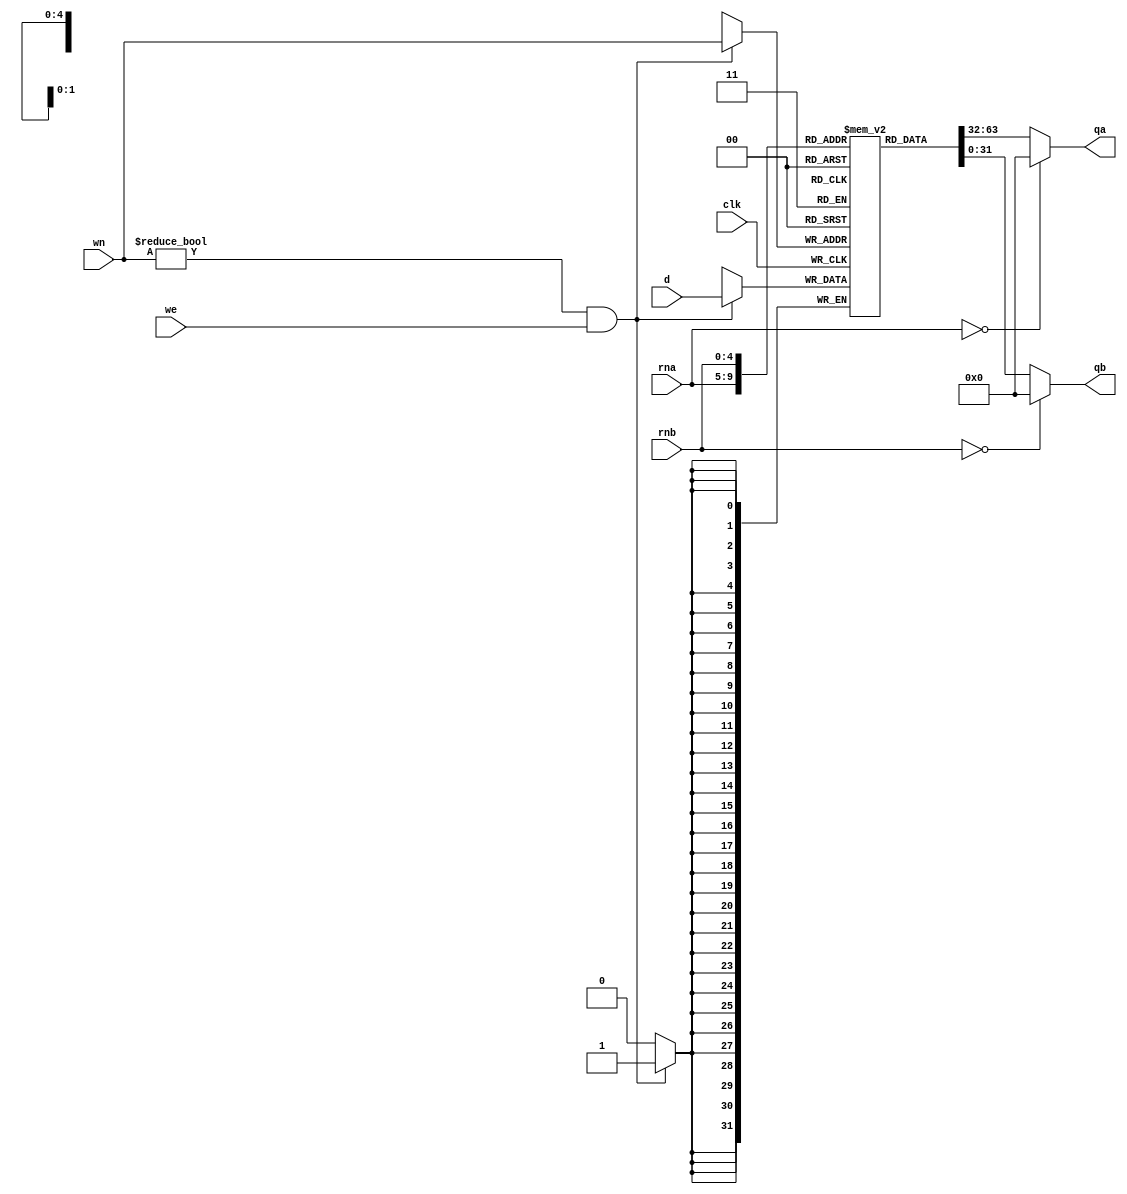
`timescale 1ns / 1ps
//////////////////////////////////////////////////////////////////////////////////
// Company: 
// Engineer: 
// 
// Design Name: 
// Module Name: regfile
// Project Name: 
// Target Devices: 
// Tool Versions: 
// Description: 
// 
// Dependencies: 
// 
// Revision:
// Revision 0.01 - File Created
// Additional Comments:
// 
//////////////////////////////////////////////////////////////////////////////////


module regfile(clk,rna,rnb,we,wn,d,qa,qb);
    input clk;
    input [4:0] rna,rnb;
    input we;
    input [4:0] wn;
    input [31:0] d;
    output [31:0] qa,qb;
    reg [31:0] register[0:31];
    integer i;
    initial begin
    register[0] = 32'hA00000AA;
    register[1] = 32'h10000011;
    register[2] = 32'h20000022;
    register[3] = 32'h30000033;
    register[4] = 32'h40000044;
    register[5] = 32'h50000055;
    register[6] = 32'h60000066;
    register[7] = 32'h70000077;
    register[8] = 32'h80000088;
    register[9] = 32'h90000099;
    for(i = 11; i<32; i=i+1)
        register[i] = 32'h00000000;//assume all other registers have value 0
    end
    assign qa = (rna == 0) ? 0 : register[rna];
    assign qb = (rnb == 0) ? 0 : register[rnb];
    always @(negedge clk) begin
    if (wn != 0 && we)
    register[wn] = d;
    end
endmodule